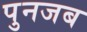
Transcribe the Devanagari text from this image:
पुनजब